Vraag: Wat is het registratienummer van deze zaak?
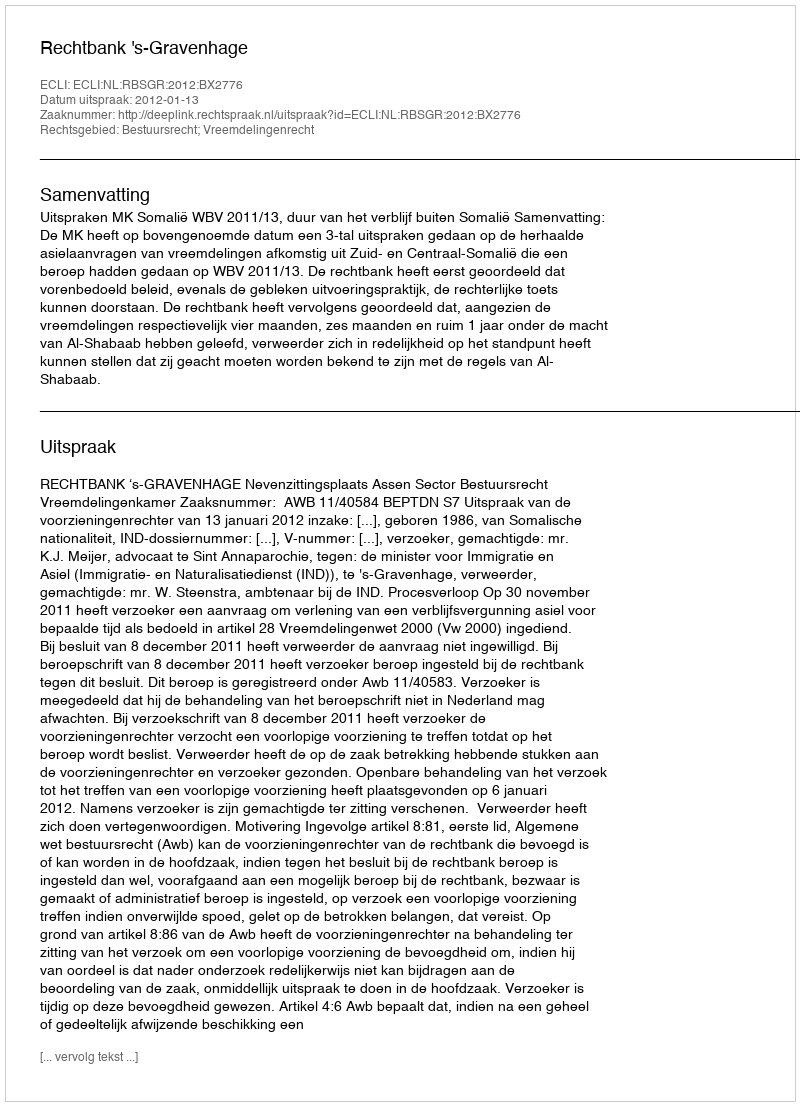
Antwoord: http://deeplink.rechtspraak.nl/uitspraak?id=ECLI:NL:RBSGR:2012:BX2776